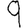
Digit: 9